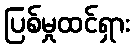
ပြစ်မှုထင်ရှား